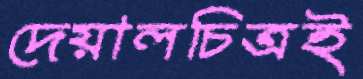
দেয়ালচিত্রই